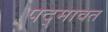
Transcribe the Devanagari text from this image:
पद्‍मावत